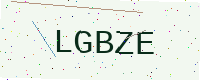
Text: LGBZE